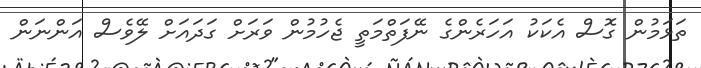
ތަޅަމުން ގޮސް އެކަކު އަހަރެންގެ ނޭފަތްމަތީ ޖެހުމުން ވަރަށް ގަދައަށް ލޭވެސް އަންނަން